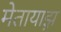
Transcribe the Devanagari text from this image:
मेतायाझ़